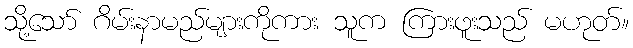
သို့သော် ဂိမ်းနာမည်များကိုကား သူက ကြားဖူးသည် မဟုတ်။